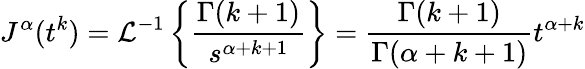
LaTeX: J^{\alpha}(t^{k})={\mathcal{L}}^{-1}\left\{ {\frac{\Gamma(k+1)}{s^{\alpha+k+1}}}\right\} ={\frac{\Gamma(k+1)}{\Gamma(\alpha+k+1)}}t^{\alpha+k}